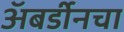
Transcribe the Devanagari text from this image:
अॅबर्डीनचा